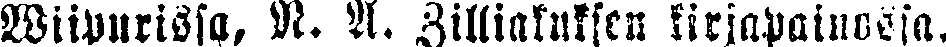
Wiipurissa, N. A. Zilliakuksen kirjapainossa.